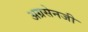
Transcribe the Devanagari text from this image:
अग्रसेनजी